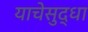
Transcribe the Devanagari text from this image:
याचेसुद्धा